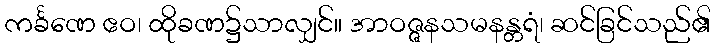
ကင်္ခဏေ ဧဝ၊ ထိုခဏ၌သာလျှင်။ အာဝဇ္ဇနသမနန္တရံ၊ ဆင်ခြင်သည်၏